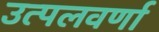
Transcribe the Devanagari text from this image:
उत्पलवर्णा